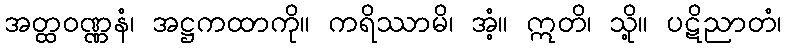
အတ္ထဝဏ္ဏနံ၊ အဋ္ဌကထာကို။ ကရိဿာမိ၊ အံ့။ ဣတိ၊ သို့။ ပဋိညာတံ၊